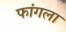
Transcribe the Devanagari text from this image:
फांगला